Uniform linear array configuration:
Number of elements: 8
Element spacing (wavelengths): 0.5
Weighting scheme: hamming
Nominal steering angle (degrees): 60
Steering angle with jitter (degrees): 60.637
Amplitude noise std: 0.05
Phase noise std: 0.05

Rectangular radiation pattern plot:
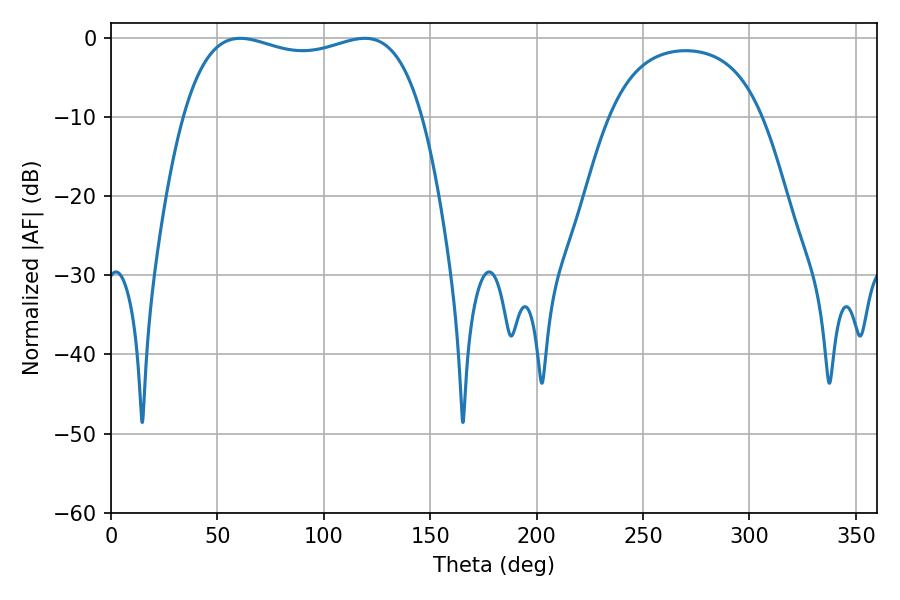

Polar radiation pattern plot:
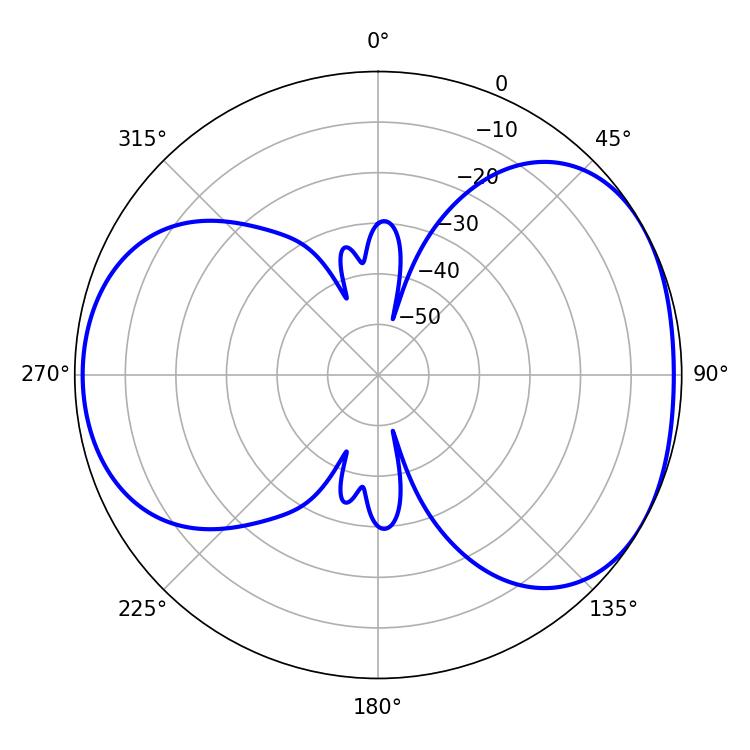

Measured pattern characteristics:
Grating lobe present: FALSE
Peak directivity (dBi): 4.603
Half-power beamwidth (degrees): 91.44
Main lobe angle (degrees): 60.66